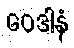
ဝေဒါနံ